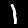
Digit: 1